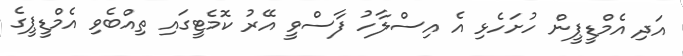
އަދި އެމްޑީޕީން ހުށަހެޅި އެ އިސްލާހު ފާސްވީ އޭރު ކޮމެޓީގައި ތިއްބެވި އެމްޑީޕީގެ